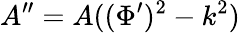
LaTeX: A^{\prime\prime}=A((\Phi^{\prime})^{2}-k^{2})